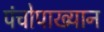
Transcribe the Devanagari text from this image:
पंचोपाख्यान